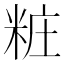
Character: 粧